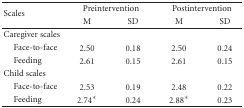
<table><thead><tr><td rowspan="2"><b>Scales</b></td><td colspan="2"><b>Preintervention</b></td><td colspan="2"><b>Postintervention</b></td></tr><tr><td><b>M</b></td><td><b>SD</b></td><td><b>M</b></td><td><b>SD</b></td></tr></thead><tbody><tr><td>Caregiver scales</td><td></td><td></td><td></td><td></td></tr><tr><td> Face-to-face</td><td>2.50</td><td>0.18</td><td>2.50</td><td>0.24</td></tr><tr><td> Feeding</td><td>2.61</td><td>0.15</td><td>2.61</td><td>0.15</td></tr><tr><td>Child scales</td><td></td><td></td><td></td><td></td></tr><tr><td> Face-to-face</td><td>2.53</td><td>0.19</td><td>2.48</td><td>0.22</td></tr><tr><td> Feeding</td><td>2.74*</td><td>0.24</td><td>2.88*</td><td>0.23</td></tr></tbody></table>